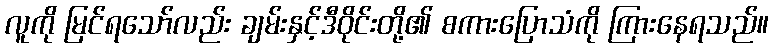
လူကို မြင်ရသော်လည်း ချမ်းနှင့်ဒီဝိုင်းတို့၏ စကားပြောသံကို ကြားနေရသည်။